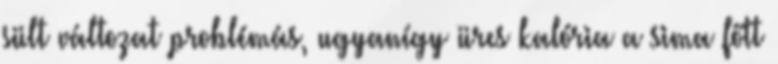
sült változat problémás, ugyanígy üres kalória a sima főtt